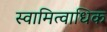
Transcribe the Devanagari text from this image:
स्वामित्वाधिक